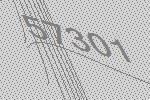
57301